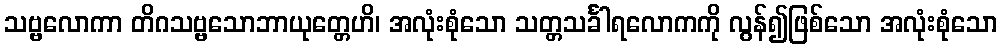
သဗ္ဗလောကာ တိဂသဗ္ဗသောဘာယုတ္တေဟိ၊ အလုံးစုံသော သတ္တသင်္ခါရလောကကို လွန်၍ဖြစ်သော အလုံးစုံသော